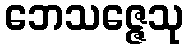
ဘေသဇ္ဇေသု